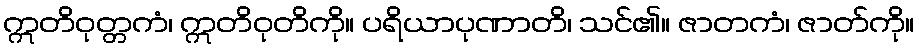
ဣတိဝုတ္တကံ၊ ဣတိဝုတိကို။ ပရိယာပုဏာတိ၊ သင်၏။ ဇာတကံ၊ ဇာတ်ကို။